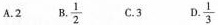
A.2 B.\frac{1}{2} C.3 D.\frac{1}{3}